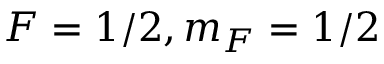
F = 1 / 2 , m _ { F } = 1 / 2